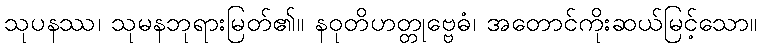
သုပနဿ၊ သုမနဘုရားမြတ်၏။ နဝုတိဟတ္တုဗ္ဗေဓံ၊ အတောင်ကိုးဆယ်မြင့်သော။